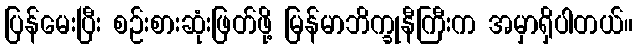
ပြန်မေးပြီး စဉ်းစားဆုံးဖြတ်ဖို့ မြန်မာဘိက္ခုနီကြီးက အမှာရှိပါတယ်။